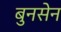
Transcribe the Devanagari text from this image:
बुनसेन